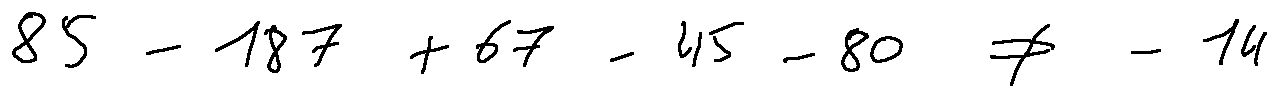
8 5 - 1 8 7 + 6 7 - 4 5 - 8 0 \neq - 1 4